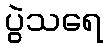
ပွဲသရေ